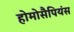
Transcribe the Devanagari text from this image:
होमोसैपियंस